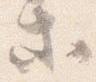
等